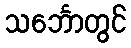
သင်္ဘောတွင်